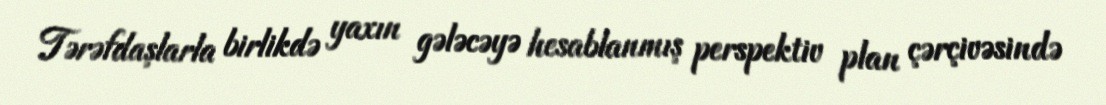
Tərəfdaşlarla birlikdə yaxın gələcəyə hesablanmış perspektiv plan çərçivəsində